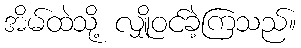
အိမ်ထဲသို့ လျှိုဝင်ခဲ့ကြသည်။